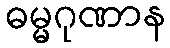
ဓမ္မဂုဏာန